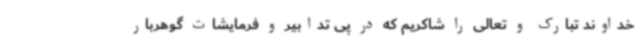
خداوند تبارک و تعالی را شاکریم که در پی تدابیر و فرمایشات گوهربار